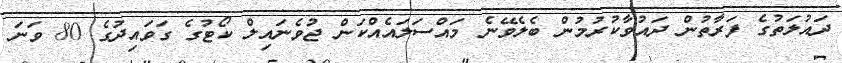
ދައުލަތުގެ ފަރާތުން ދައުވާކުރުމުން ބެލެވޭނެ މައްސަލައެއްކަން ޖުވެނައިލް ކޯޓުގެ ގަވައިދުގެ 80 ވަނަ